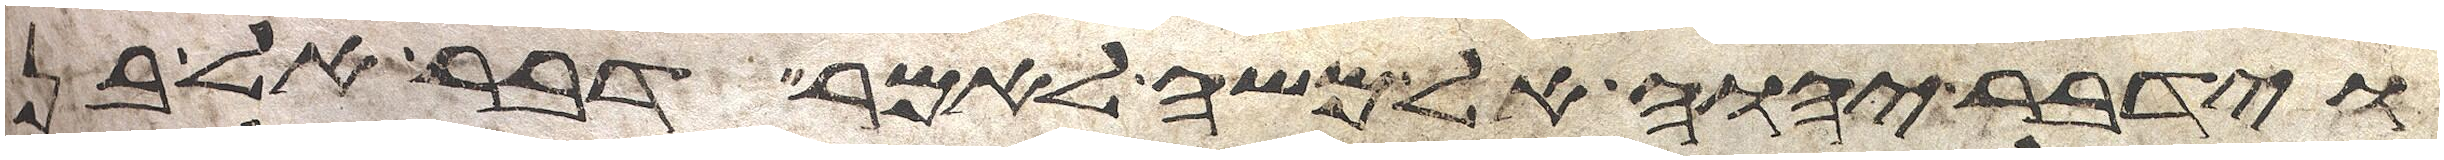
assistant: וידבר יהוה אל משה לאמר דבר אל בני